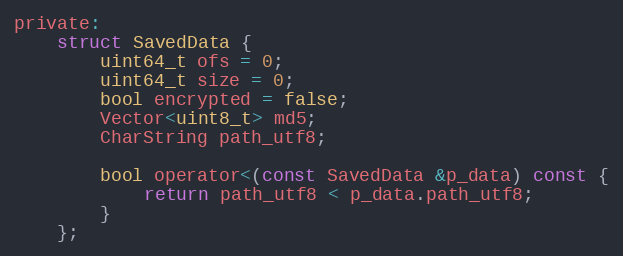
Language: C
private:
	struct SavedData {
		uint64_t ofs = 0;
		uint64_t size = 0;
		bool encrypted = false;
		Vector<uint8_t> md5;
		CharString path_utf8;

		bool operator<(const SavedData &p_data) const {
			return path_utf8 < p_data.path_utf8;
		}
	};